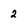
Character: 2